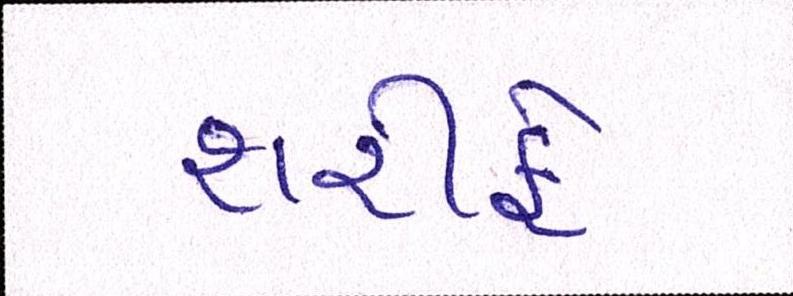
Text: શરીફે